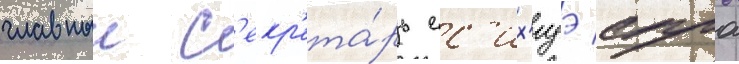
главныи с'екр'ета́рь ес'их'идэ суга